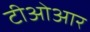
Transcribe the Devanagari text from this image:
टीओआर